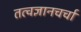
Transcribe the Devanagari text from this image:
तत्वज्ञानचर्चा